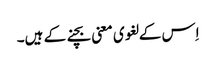
اِس کے لغوی معنی بچنے کے ہیں۔